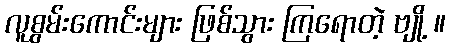
လူစွမ်းကောင်းများ ဖြစ်သွား ကြရောတဲ့ ဗျို့ ။